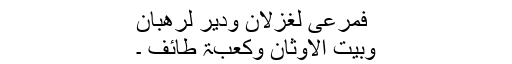
فمرعی لغزلان ودیر لرھبان
وبیت الاوثان وکعبۃ طائف ۔